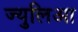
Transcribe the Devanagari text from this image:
ज्युलिआ